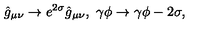
\hat { g } _ { \mu \nu } \to e ^ { 2 \sigma } \hat { g } _ { \mu \nu } , \ \gamma \phi \to \gamma \phi - 2 \sigma ,